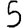
Digit: 5